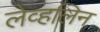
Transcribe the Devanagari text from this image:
लेव्हलिन